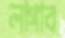
লাগাব